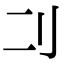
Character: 𠚧